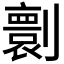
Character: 𠟼